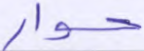
حوار